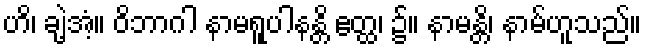
ဟိ၊ ချဲ့အံ့။ ဝိဘာဂါ နာမရူပါနန္တိ ဧတ္ထ၊ ၌။ နာမန္တိ၊ နာမ်ဟူသည်။